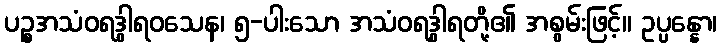
ပဉ္စအသံဝရဒွါရဝသေန၊ ၅-ပါးသော အသံဝရဒွါရတို့၏ အစွမ်းဖြင့်။ ဥပ္ပန္နော၊